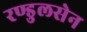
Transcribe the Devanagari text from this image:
रण्डुलसेन